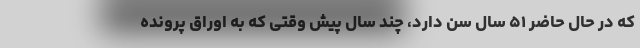
که در حال حاضر ۵۱ سال سن دارد، چند سال پیش وقتی که به اوراق پرونده